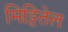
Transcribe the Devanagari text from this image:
मिट्टितेल